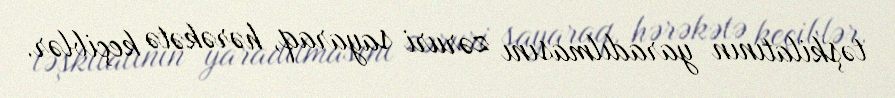
təşkilatının yaradılmasını zəruri sayaraq, hərəkətə keçiblər.